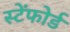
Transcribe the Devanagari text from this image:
स्टेंफोर्ड